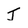
Character: J